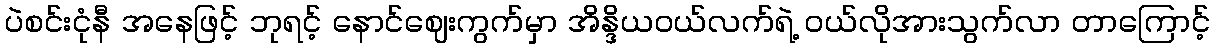
ပဲစင်းငုံနီ အနေဖြင့် ဘုရင့် နောင်ဈေးကွက်မှာ အိန္ဒိယဝယ်လက်ရဲ့ ဝယ်လိုအားသွက်လာ တာကြောင့်